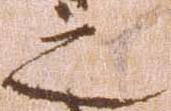
之